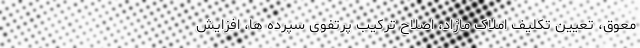
معوق، تعیین تکلیف املاک مازاد، اصلاح ترکیب پرتفوی سپرده ها، افزایش